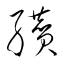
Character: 纉